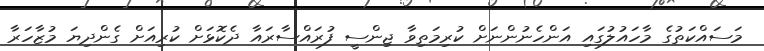
މަސައްކަތުގެ މާހައުލުގައި އަންހެނުންނަށް ކުރިމަތިވާ ޖިންސީ ފުރައްސާރައާ ދެކޮޅަށް ކުރިއަށް ގެންދިޔަ މުޒާހަރާ